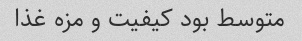
متوسط بود کیفیت و مزه غذا